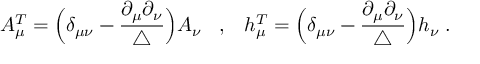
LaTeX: A _ { \mu } ^ { T } = \Big ( \delta _ { \mu \nu } - \frac { \partial _ { \mu } \partial _ { \nu } } { \triangle } \Big ) A _ { \nu } \; \; \; , \; \; \; h _ { \mu } ^ { T } = \Big ( \delta _ { \mu \nu } - \frac { \partial _ { \mu } \partial _ { \nu } } { \triangle } \Big ) h _ { \nu } \; .